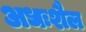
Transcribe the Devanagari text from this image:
अधःशैल